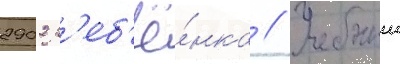
2902 р'еб'ё́нка // Учебныи